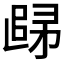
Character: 𲉒